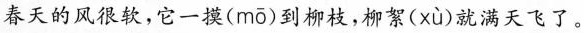
春天的风很软，它一摸( mō )到柳枝，柳絮( xù )就满天飞了。